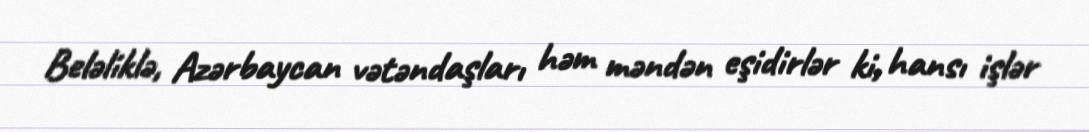
Beləliklə, Azərbaycan vətəndaşları həm məndən eşidirlər ki, hansı işlər